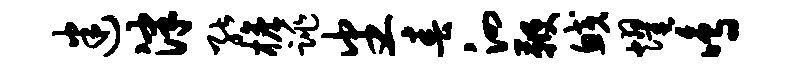
迷津能檐跳番春泗鞭鲛耀鸣